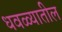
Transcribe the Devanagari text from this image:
धवळ्यातील